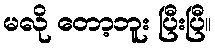
မလို တော့ဘူး ပြီးပြီ။